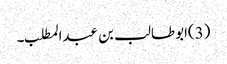
(3)ابوطالب بن عبدالمطلب۔